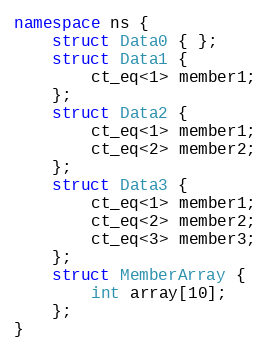
Language: C++
namespace ns {
    struct Data0 { };
    struct Data1 {
        ct_eq<1> member1;
    };
    struct Data2 {
        ct_eq<1> member1;
        ct_eq<2> member2;
    };
    struct Data3 {
        ct_eq<1> member1;
        ct_eq<2> member2;
        ct_eq<3> member3;
    };
    struct MemberArray {
        int array[10];
    };
}